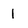
Character: 1